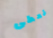
نعطى